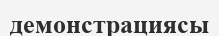
демонстрациясы